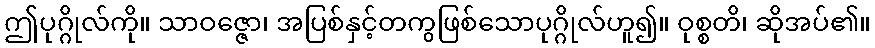
ဤပုဂ္ဂိုလ်ကို။ သာဝဇ္ဇော၊ အပြစ်နှင့်တကွဖြစ်သောပုဂ္ဂိုလ်ဟူ၍။ ဝုစ္စတိ၊ ဆိုအပ်၏။